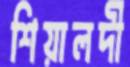
শিয়ালদী